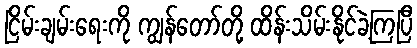
ငြိမ်းချမ်းရေးကို ကျွန်တော်တို့ ထိန်းသိမ်းနိုင်ခဲ့ကြပြီ